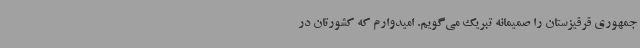
جمهوری قرقیزستان را صمیمانه تبریک می‌گویم. امیدوارم که کشورتان در